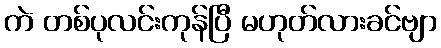
ကဲ တစ်ပုလင်းကုန်ပြီ မဟုတ်လားခင်ဗျာ